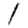
Digit: 1